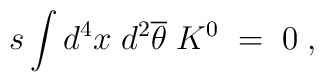
s\int d^4x\;d^2\overline{\theta }\;K^0{{\;}}=\;0\;,